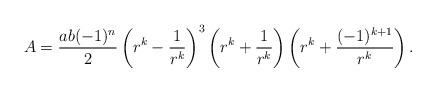
LaTeX: \begin{align*} A= \frac{ab(-1)^n }{2}\left(r^{k}-\frac1{r^k}\right)^3\left(r^{k}+\frac1{r^k}\right)\left(r^{k}+\frac{(-1)^{k+1}}{r^k}\right).\end{align*}